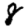
Digit: 8